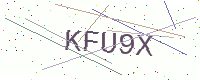
Text: KFU9X